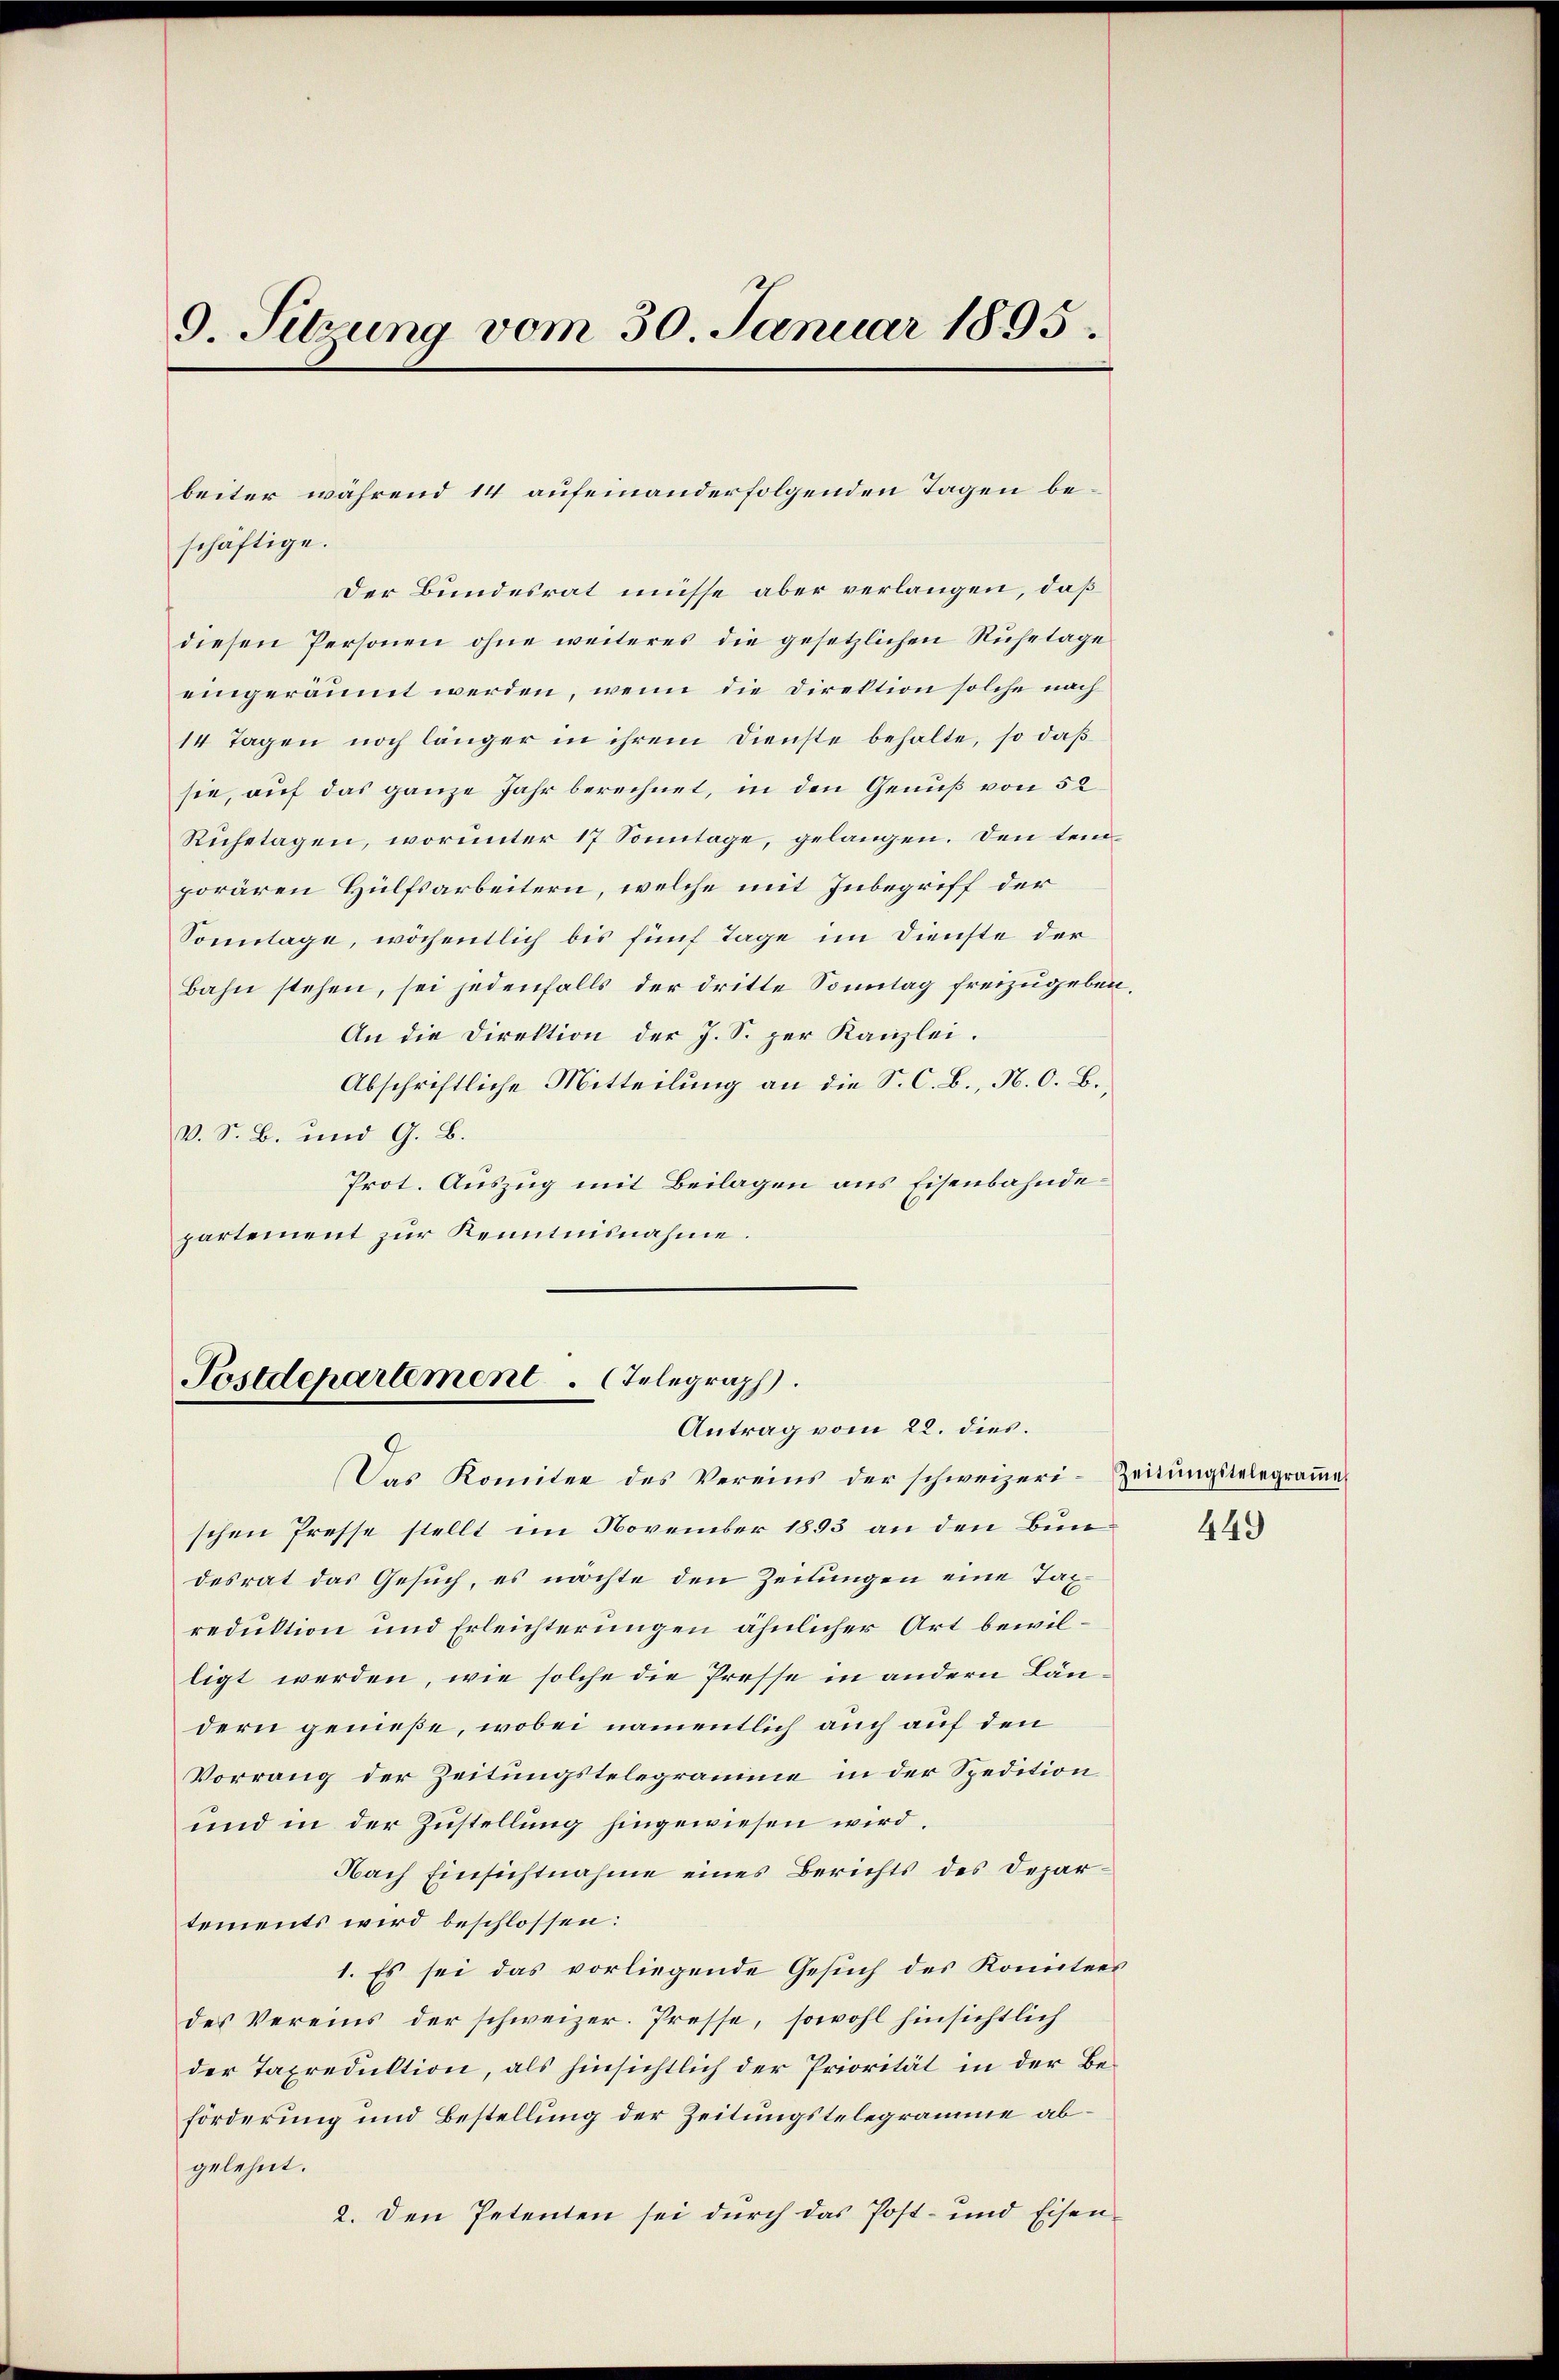
9. Sitzung vom 30. Januar 1895.

schäftige.
Der Bundesrat müsse aber verlangen, daß
diesen Personen ohne weiteres die gesetzlichen Ruhetage
eingeräumt werden, wenn die Direktion solche nach
14 Tagen noch länger in ihrem Dienste behalte, so daß
sie, auf das ganze Jahr berechnet, in den Genuß von 52
Ruhetagen, worunter 17 Sonntage, gelangen. Den temporären Hülfsarbeitern, welche mit Inbegriff der
Sonntage, wöchentlich bis fünf Tage im Dienste der
Bahn stehen, sei jedenfalls der dritte Sonntag freizugeben,
An die Direktion der J. S. per Kanzlei.
Abschriftliche Mitteilung an die S. C. B., N. O. B.,
V. S. B. und G. B.
Prot. Auszug mit Beilagen aus Eisenbahndepartement zur Kenntnisnahme.

beiter während 14 aufeinanderfolgenden Tagen be¬

Postdepartement. Telegraph
Antrag vom 22. dies.
9

Das Komitee des Vereins der schweizeri-Zeitungstelegrammaschen Presse stellt im November 1893 an den Bundesrat das Gesuch, es möchte den Zeitungen eine Taxreduktion und Erleichterungen ähnlicher Art bewilligt werden, wie solche die Presse in andern Ländern genieße, wobei namentlich auch auf den
Vorrang der Zeitungstelegramme in der Spedition
und in der Zustellung hingewiesen wird.
Nach Einsichtnahme eines Berichts des Departements wird beschlossen:
1. Es sei das vorliegende Gesuch des Komitees
des Vereins der schweizer. Presse, sowohl hinsichtlich
der Taxreduktion, als hinsichtlich der Priorität in der Beförderung und Bestellung der Zeitungstelegramme abgelehnt.
2. Den Petenten sei durch das Post- und Eisen¬

449